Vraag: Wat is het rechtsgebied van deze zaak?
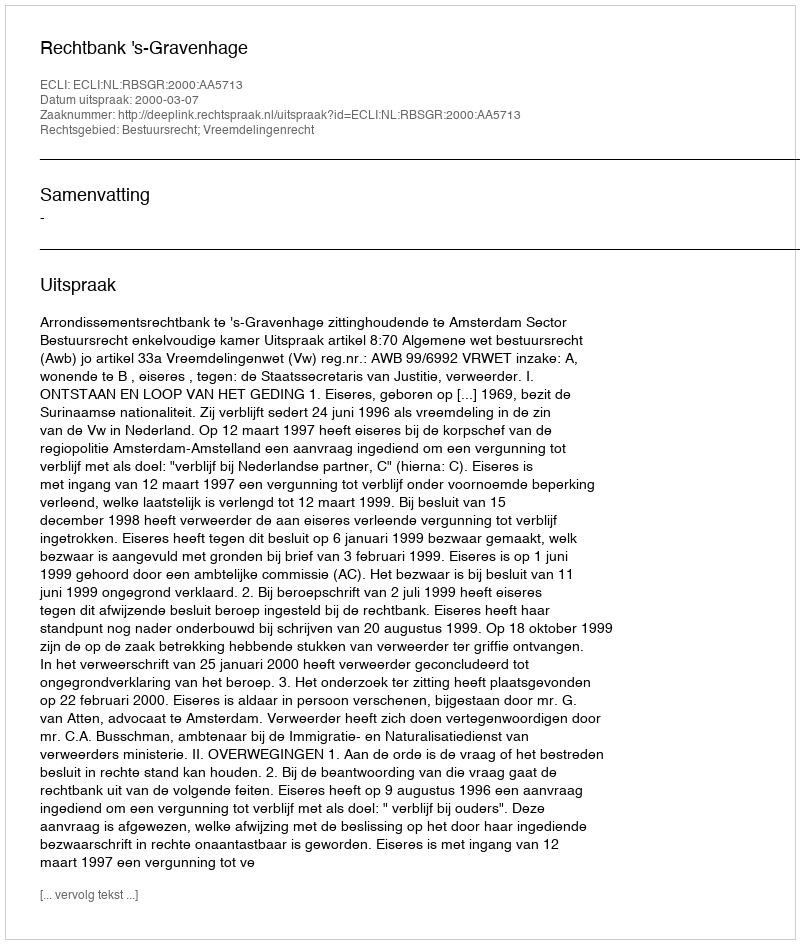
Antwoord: Bestuursrecht; Vreemdelingenrecht